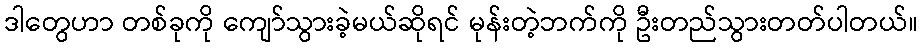
ဒါတွေဟာ တစ်ခုကို ကျော်သွားခဲ့မယ်ဆိုရင် မုန်းတဲ့ဘက်ကို ဦးတည်သွားတတ်ပါတယ်။